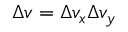
\Delta v = \Delta v _ { x } \Delta v _ { y }